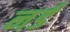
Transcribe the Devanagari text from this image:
नर्ड